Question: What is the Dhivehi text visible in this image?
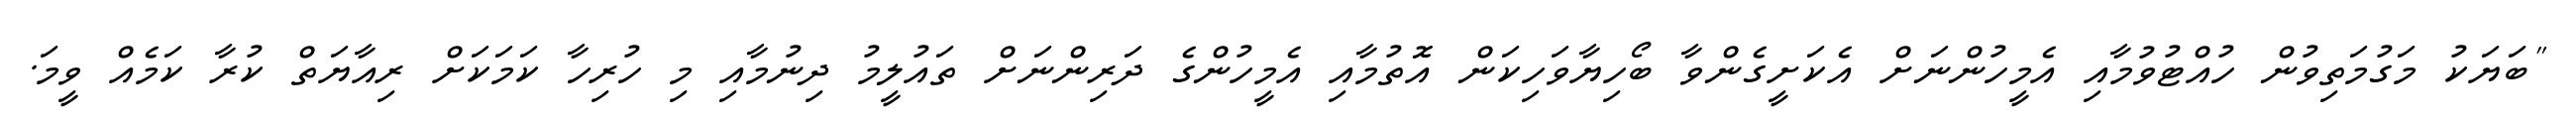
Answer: "ބަޔަކު މަގުމަތިވުން ހުއްޓުވުމާއި އެމީހުންނަށް އެކަށީގެންވާ ބޯހިޔާވަހިކަން އޮތުމާއި އެމީހުންގެ ދަރިންނަށް ތައުލީމު ދިނުމާއި މި ހުރިހާ ކަމަކަށް ރިއާޔަތް ކުރާ ކަމެއް ވީމަ.